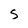
Character: S